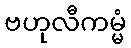
ဗဟုလီကမ္မံ